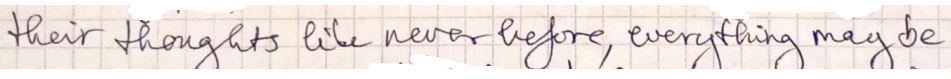
their thoughts like never before, everything may be